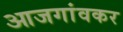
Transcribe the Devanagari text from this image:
आजगांवकर